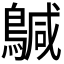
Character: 𮭄